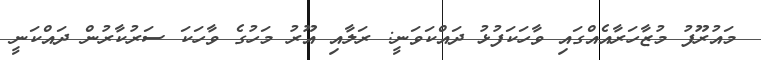
މައުރޫފު މުޒާހަރާއެއްގައި ވާހަކަފުޅު ދައްކަވަނީ: ރަލާއި އޫރު މަހުގެ ވާހަކަ ސަރުކާރުން ދައްކަނީ